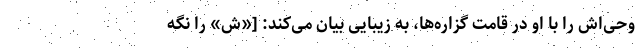
وحی‌اش را با او در قامت گزاره‌ها، به زیبایی بیان می‌کند: [«ش» را نگه